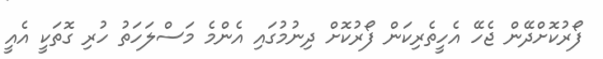
ފޯރުކޮށްދޭން ޖެހޭ އެހީތެރިކަން ފޯރުކޮށް ދިނުމުގައި އެންމެ މަސްލަހަތު ހުރި ގޮތަކީ އެއީ